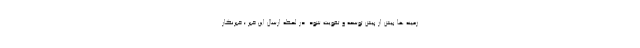
زمینه ها بیش از پیش توسعه و تقویت شود. در لحظه ارسال این خبر ؛ خبرنگار